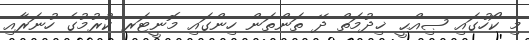
މި ކޯހުގައި ޞިއްޙީ ޚިދުމަތް ދޭ ތަންތަން ހިންގައި މޮނީޓަރ ކުރުމުގެ ހުނަރާއި